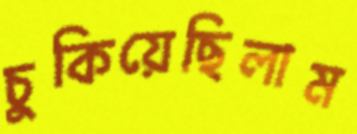
চুকিয়েছিলাম